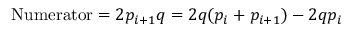
\mathrm { N u m e r a t o r } = 2 p _ { i + 1 } q = 2 q ( p _ { i } + p _ { i + 1 } ) - 2 q p _ { i }